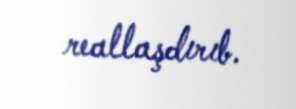
reallaşdırıb.